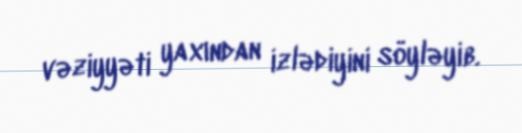
vəziyyəti yaxından izlədiyini söyləyib.